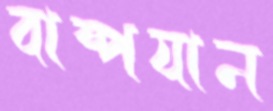
বাষ্পযান